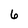
Character: 6